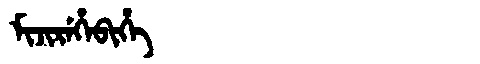
Manchu: ᠮᡳᠵᡳᡵᡝᡥᡝᠪᡳᡥᡝ
Romanization: MIJIREHEBIHE